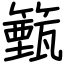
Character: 籈